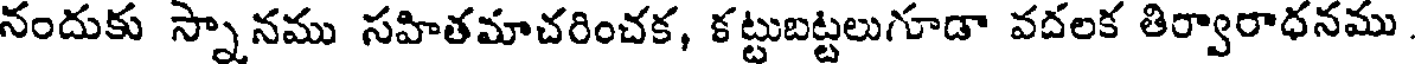
నందుకు స్నానము సహితమాచరించక, కట్టుబట్టలుగూడా వదలక తిర్వారాధనము